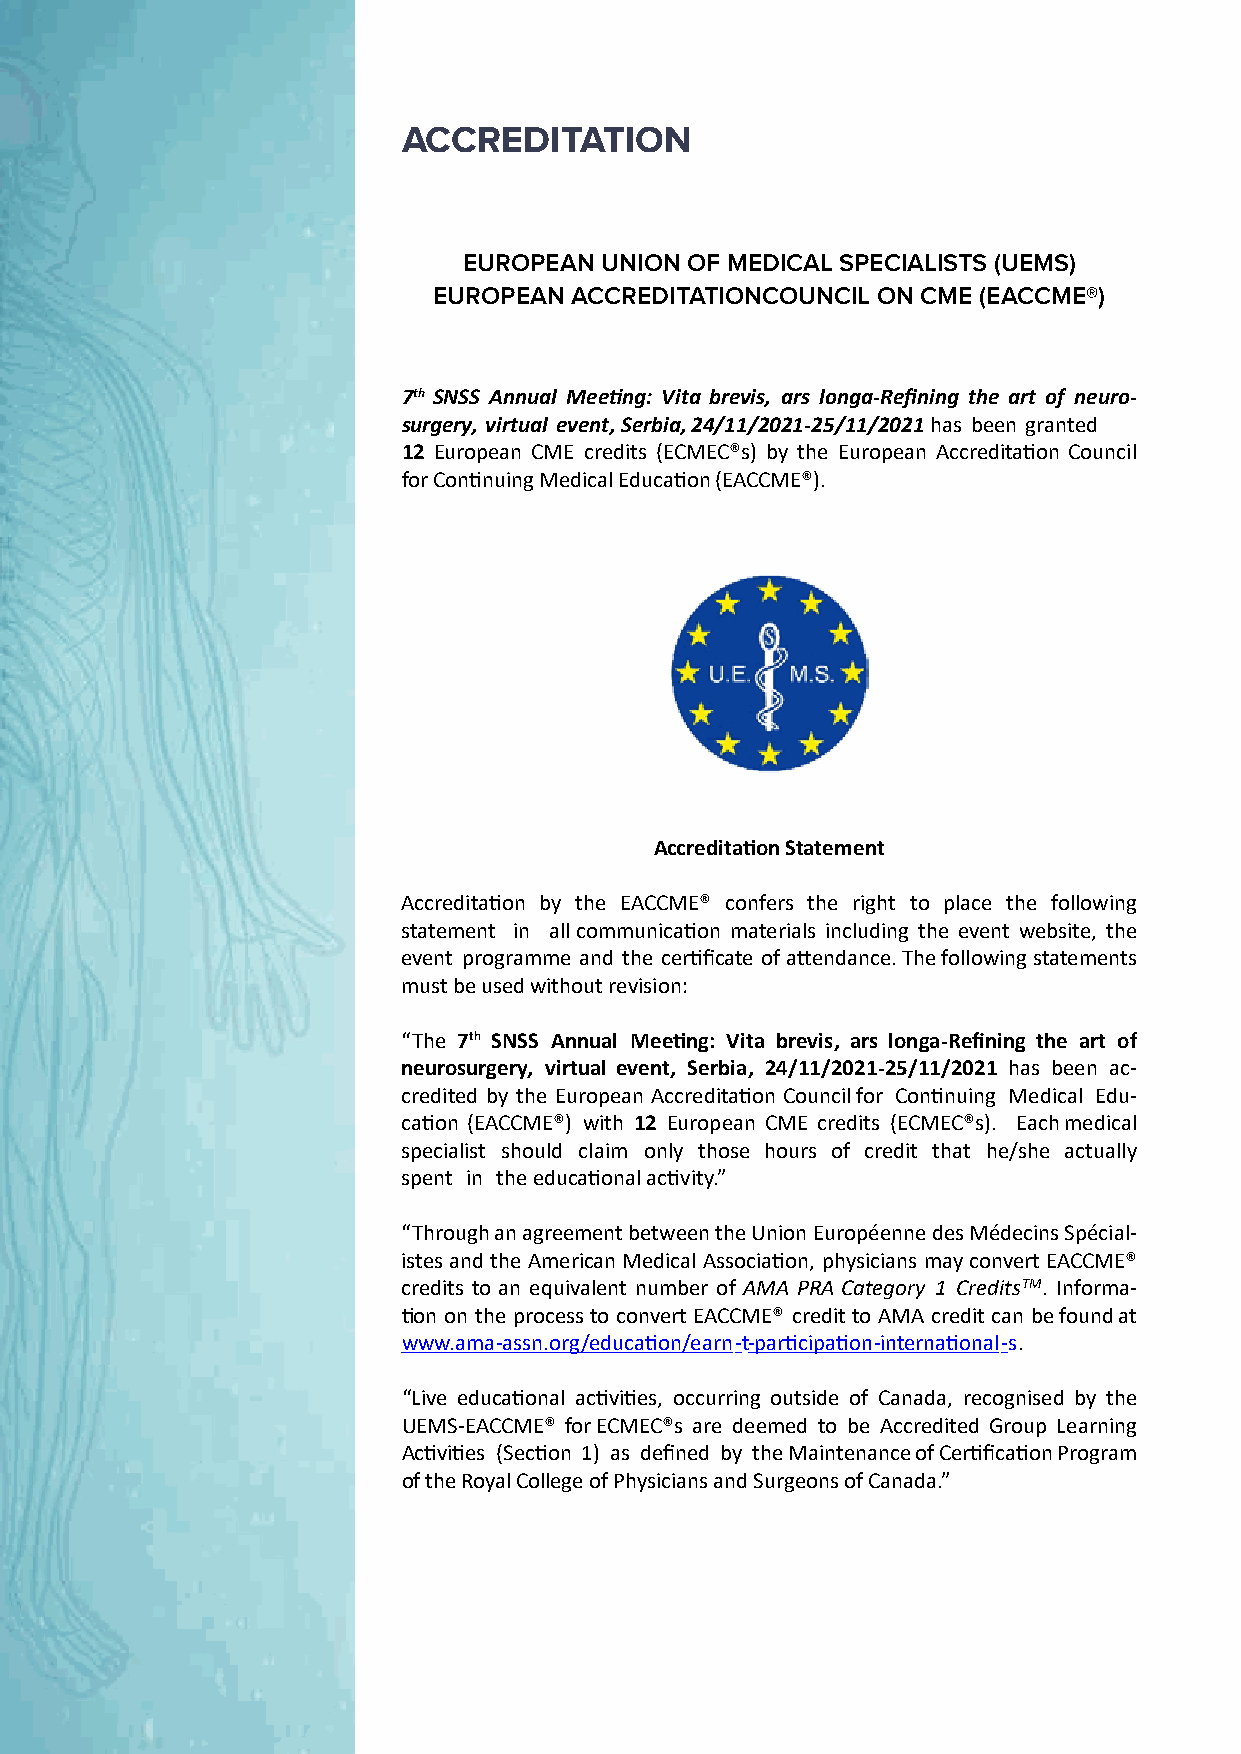
ACCREDITATION
 EUROPEAN UNION OF MEDICAL SPECIALISTS (UEMS)
 EUROPEAN ACCREDITATIONCOUNCIL ON CME (EACCME®)
 7th SNSS Annual Meeting: Vita brevis, ars longa-Refining the art of neuro-
 surgery, virtual event, Serbia, 24/11/2021-25/11/2021 has been granted
 12 European CME credits (ECMEC®s) by the European Accreditation Council
 for Continuing Medical Education (EACCME®).
 Accreditation Statement
 Accreditation by the EACCME® confers the right to place the following
 statement in all communication materials including the event website, the
 event programme and the certificate of attendance. The following statements
 must be used without revision:
 “The 7th SNSS Annual Meeting: Vita brevis, ars longa-Refining the art of
 neurosurgery, virtual event, Serbia, 24/11/2021-25/11/2021 has been ac-
 credited by the European Accreditation Council for Continuing Medical Edu-
 cation (EACCME®) with 12 European CME credits (ECMEC®s). Each medical
 specialist should claim only those hours of credit that he/she actually
 spent in the educational activity.”
 “Through an agreement between the Union Européenne des Médecins Spécial-
 istes and the American Medical Association, physicians may convert EACCME®
 credits to an equivalent number of AMA PRA Category 1 CreditsTM. Informa-
 tion on the process to convert EACCME® credit to AMA credit can be found at
 www.ama-assn.org/education/earn -t-participation-international -s.
 “Live educational activities, occurring outside of Canada, recognised by the
 UEMS-EACCME® for ECMEC®s are deemed to be Accredited Group Learning
 Activities (Section 1) as defined by the Maintenance of Certification Program
 of the Royal College of Physicians and Surgeons of Canada.”